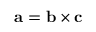
\mathbf { a } = \mathbf { b } \times \mathbf { c }